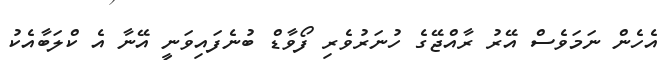
އެހެން ނަމަވެސް އޭރު ރާއްޖޭގެ ހުނަރުވެރި ފޯވާޑް ބުނެފައިވަނީ އޭނާ އެ ކްލަބާއެކު